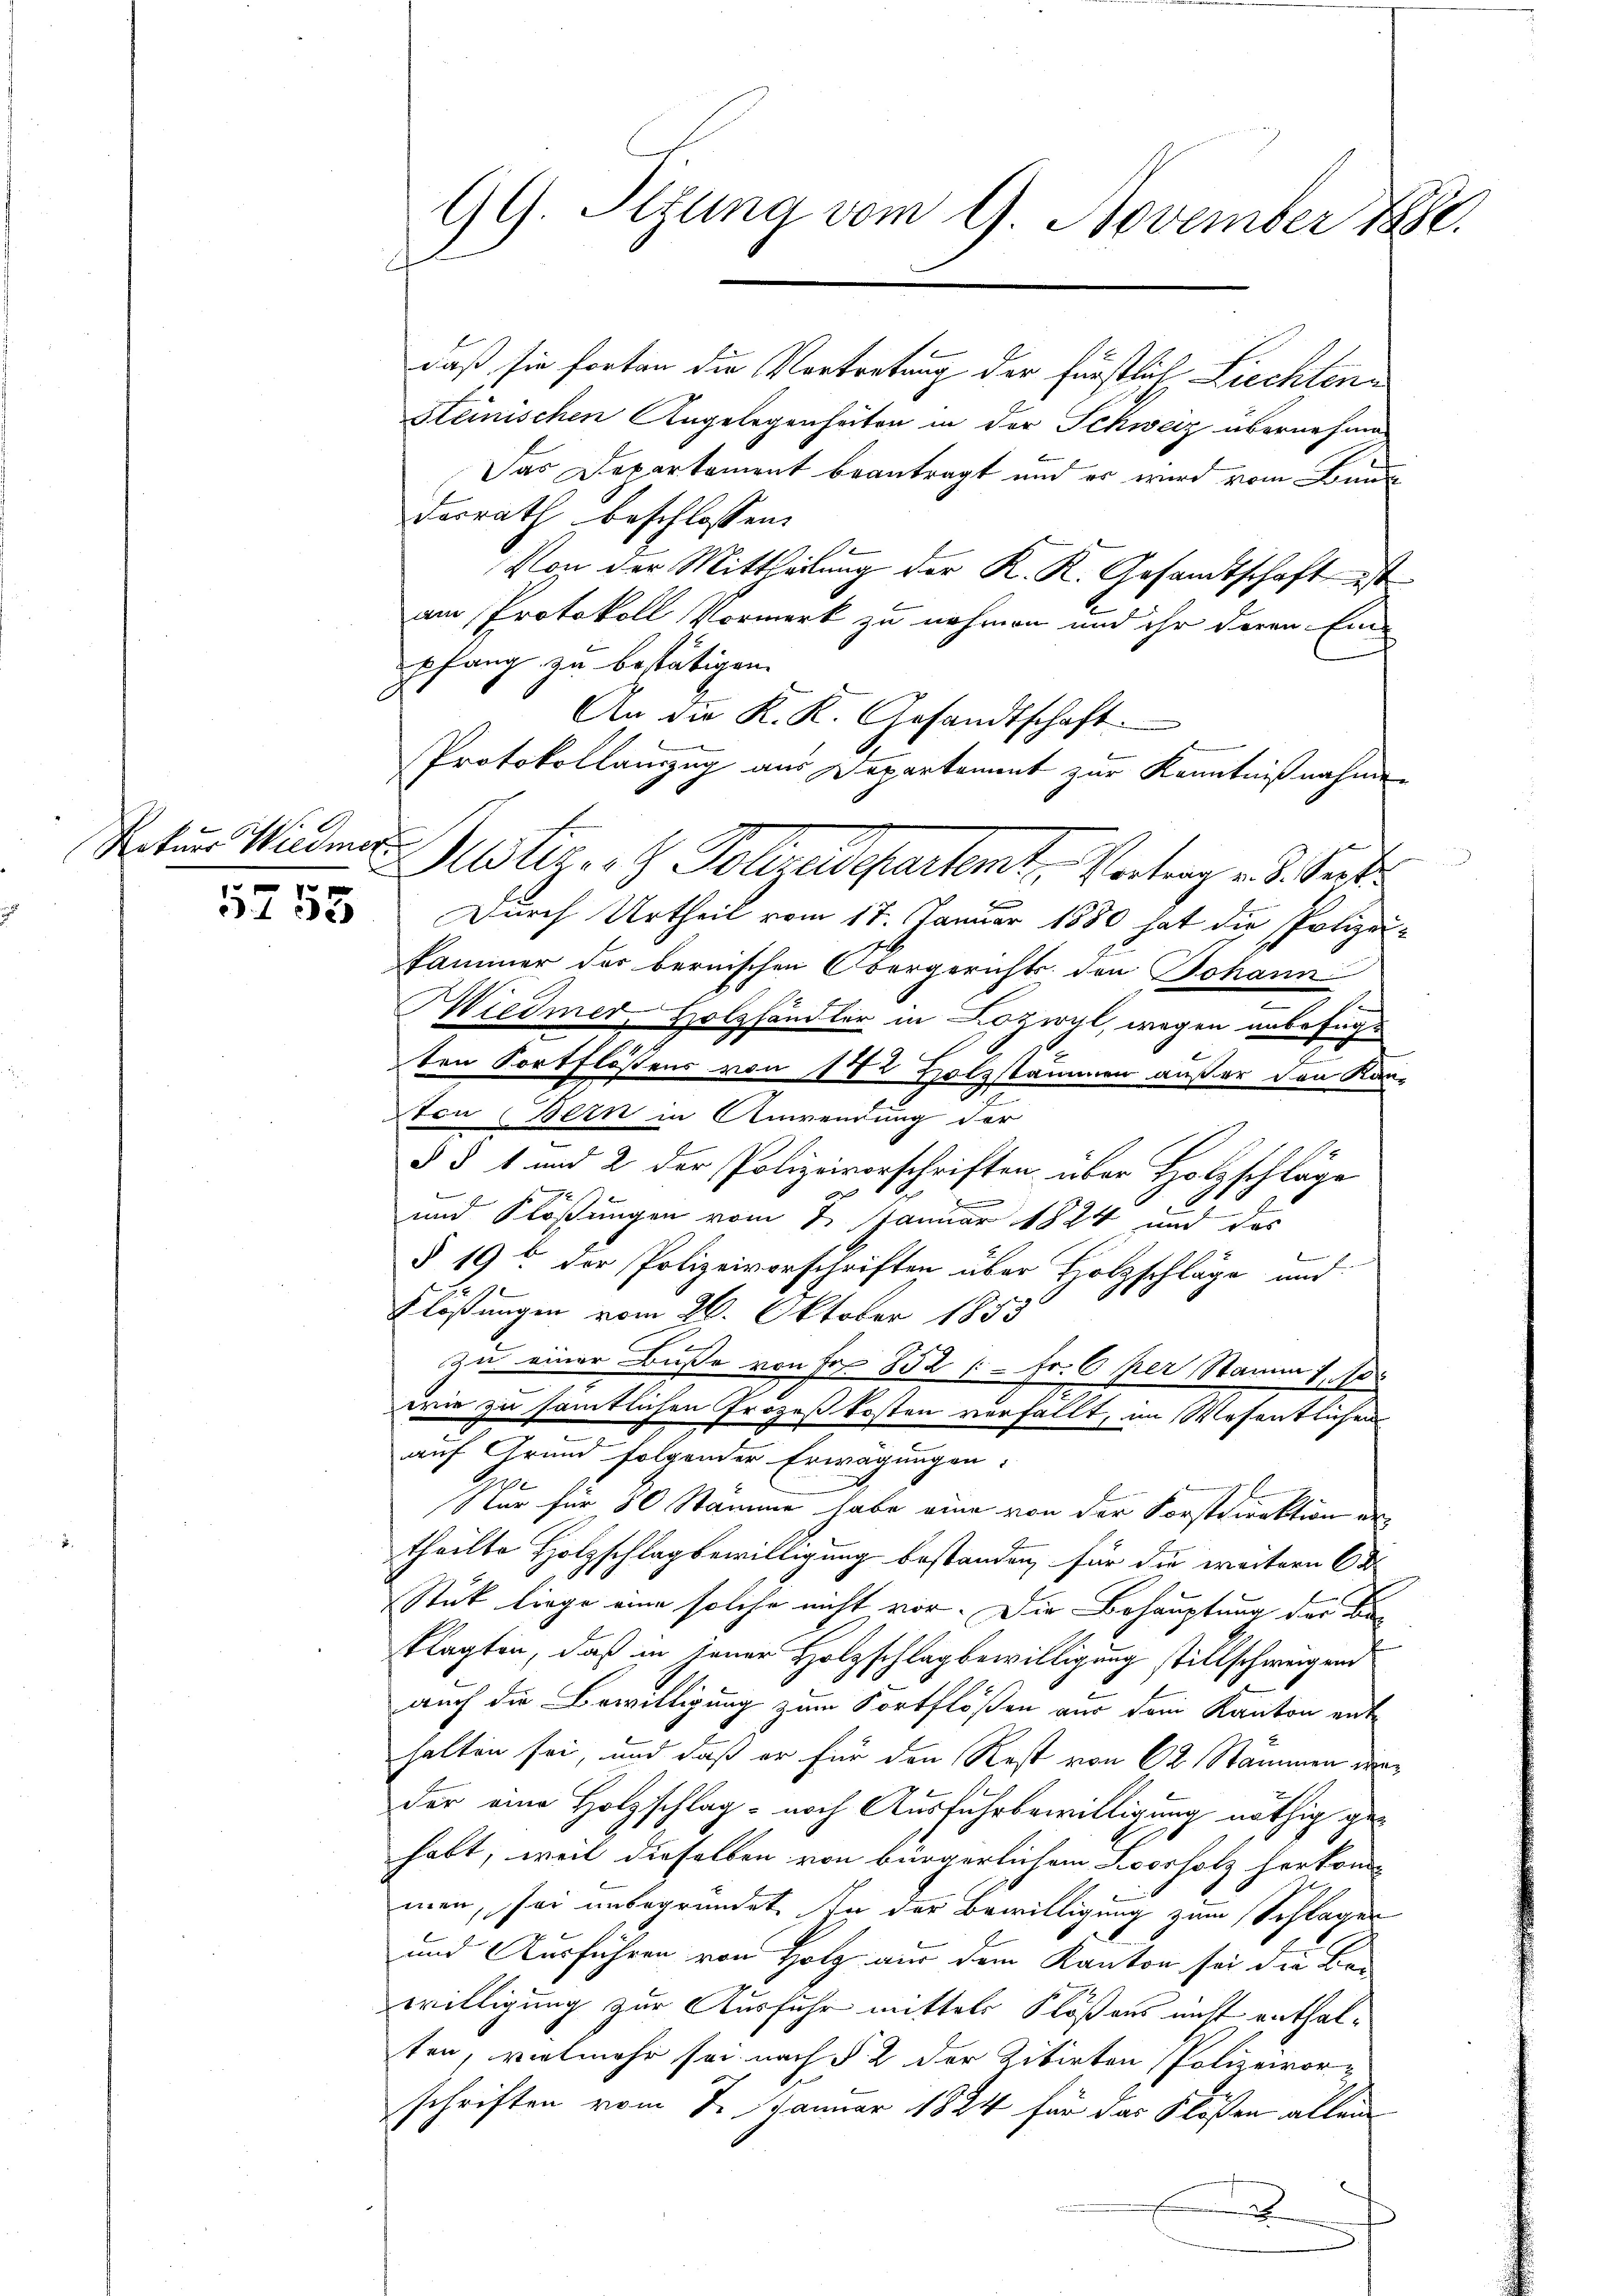
r
5733

Rotuer Wiedmer

GG. Sitzung vom 9. November 1880.
E

daß sie fortan die Vortretung der fürstlich Liechten¬
Steinischen Angelegenheiten in der Schweiz übernehma¬
Das Departement beantragt und er wird vom Bunde
derrath beschlossen:
Von der Mittheilung der K. K. Gesandtschaft ist
am Protokoll Vormerk zu nehmen und ihr deren Ein-
pfang zu bestätigen.
An die K. K. Gesandtschaft.
Protokollauszug aus Departament zur Kenntnißnahmen
Durch Urtheil vom 17. Januar 1880 hat die Polizei-
kammer der bernischen Obergerichts den Johann
Wiedmer, Holzhändler in Diszwyl, wegen anbefugt
ten Fortflößens von 172 Holzstammen außer den Kan-
Ston Bern in Anwendung der
§ § 1 und 2 der Polizeivorschriften über Holzschläge
und Klösungen vom 7. Januar 1824 und das
§ 19 t der Polizeivorschriften über Holzschläge und
Flosungen vom 26. Oktober 1853
zu einer Buße von Fr. 852 (- Fr. 6 per Stamm 1. 10.
wie zu sämtlichen Prozeßkosten verfällt, im Wesentlichen
auf Grund folgender Erwägungen:
b
Ster für 80 Stamme habe eine von der Forstdirektion de
theilte Holzschlag bewilligung bestanden, für die weitern Ed
Stuk liege eine solche nicht vor. Die Behauptung der B
klagten, daß in jener Holzschlag bewilligung stillschweigend
auch die Bewilligung zum Fortflößen aus dem Kanton ent-
halten sei, und daß er für den Rest von 62. Stammen weder eine Holzschlag - nach Ausfuhrbewilligung nöthig gehabt, weil dieselben von bürgerlichem Koorholz herkom-
men, sei unbegründet in der Bewilligung zum Schläger
und Ausführen von Holz aus dem Kanton sei die Bewilligung zur Ausfuhr mittels Flößens nicht enthalten, vielmehr sei nach § 2 der Litirten Polizeivor-
schriften vom 7. Januar 1824 für das Flößen allein
.

1

Meistiger H. Poleraspartemt. Vertrag v. J. Kant

n